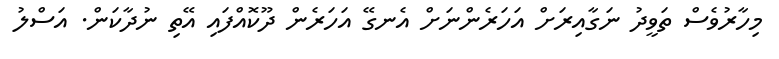
މިހާރުވެސް ތަވީދު ނަގާއިރަށް އަހަރެންނަށް އެނގޭ އަހަރެން ދޫކޮއްފައި އޭތި ނުދާކަން. އަސްލު